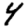
Digit: 4